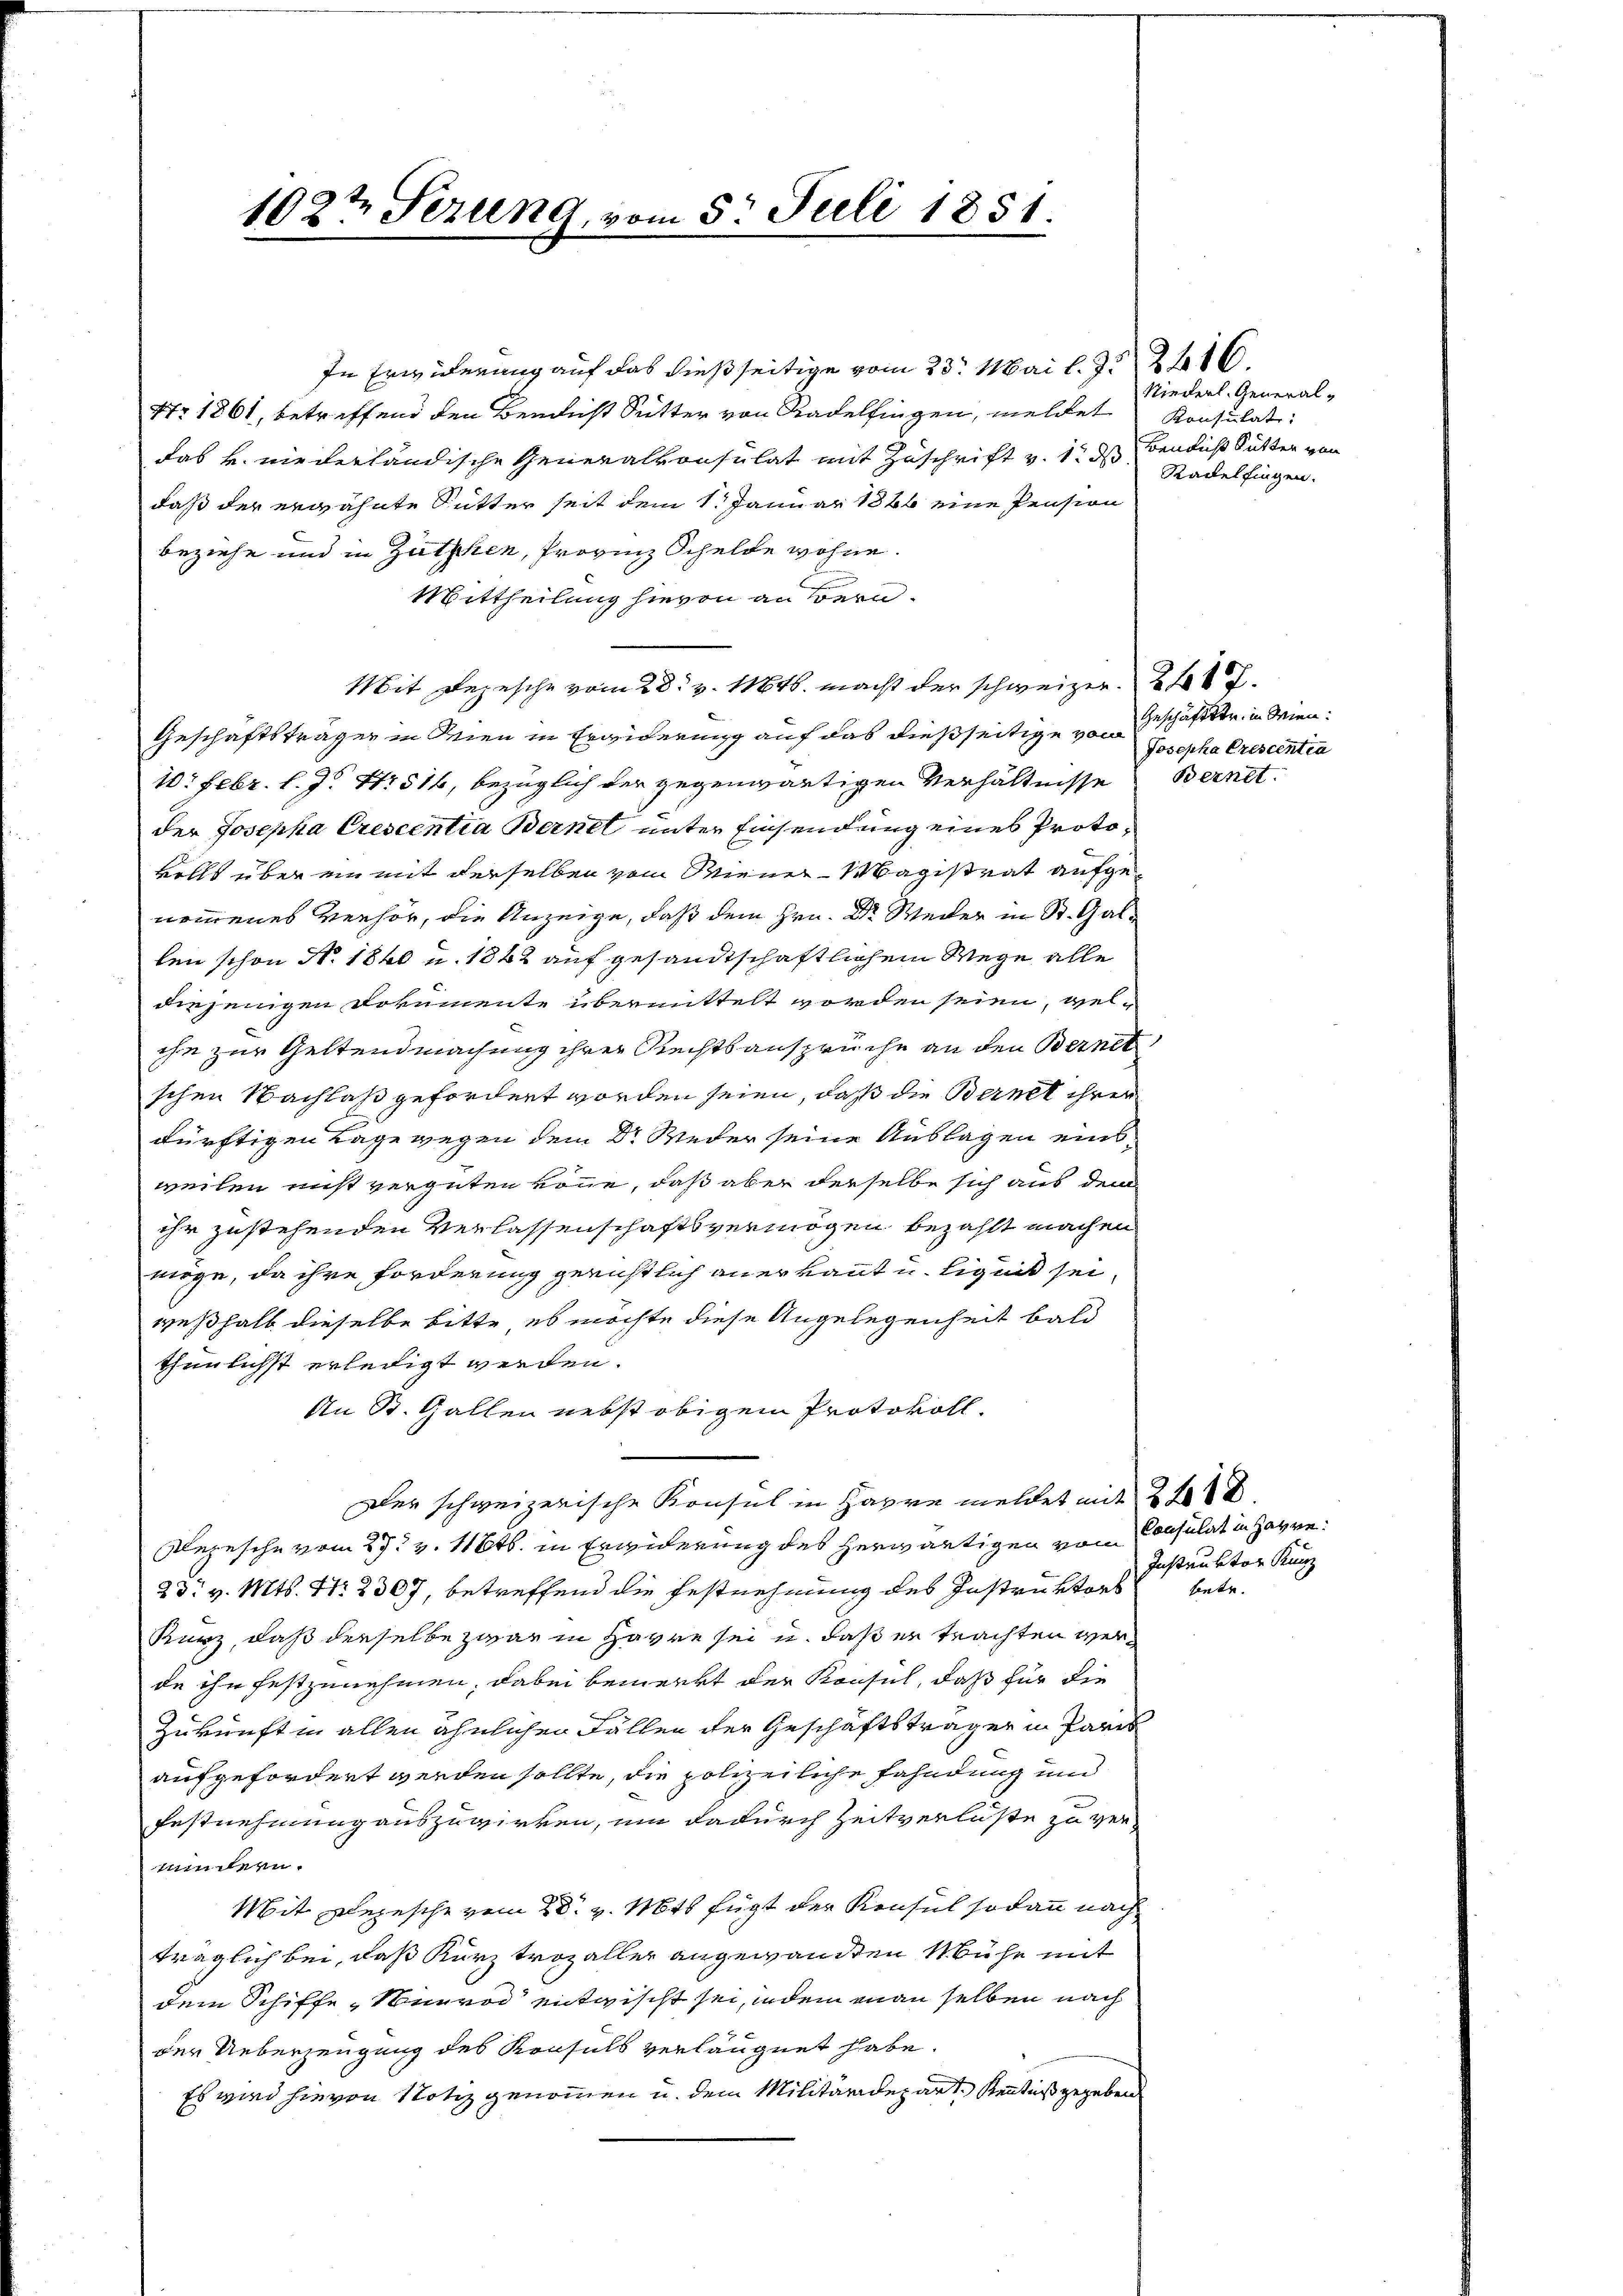
1027 Sezung, vom 5. Juli 1851.

In Erwiderung auf das dießseitige vom 23. Mai l. 2. 216.
Nr. 1861, betreffend den Bericht Sutter von Radelfingen, meldet Konsulati
das u. niederländische Generalkonsulat mit Zuschrift v. 1. ds Bendich Sutter von
daß der erwähnte Sutter seit dem 1. Januar 1886 eine Pension
beziehe und in Zuthen, Provinz Schelde wohne.
Mittheilung hievon an Bern.
Mit Depesche vom 28. v. 1846. macht der schweizer 217.
Geschäftsträger in Wien in Erwiderung auf das dießseitige von
10: Febr. l. J. Nr. 516, bezüglich der gegenwärtigen Verhältnisse
der Josepha Crescentia Bernel unter Einsendung eines Protokolls über ein mit derselben vom Wiener Magistrat aufgenommenes Verhör, die Anzeige, daß dem Hrn. Dr. Weiter in St. Galten schon N. 1860 u. 1842 auf gesandtschaftlichem Wege alle
diejenigen Dokumente übermittelt worden seien, welihn zur Geltendmachung ihrer Rechtsansprüche an den Bernet
schen Nachlaß gefordert worden seien, daß die Bernet ihren
dürftigen Lage wegen dem Dr. Weder seine Auslagen einsweilen nicht vergüten könne, daß aber derselbe sich aus dem
ihr zustehenden Verlassenschaftsvermögen bezahlt machen
möge, da ihre Forderung gerichtlich anerkannt u. Liquit seiweßhalb dieselbe bitte es möchte diese Angelegenheit bald
thunlichst erledigt werden.
An St. Gallen nebst obigem Protokoll.
Der schweizerische Konsul in Havre meldet mit 2 f
Rezesche vom 27. v. 11646. in Erwiderung des herwärtigen vom Consulat in Havre:
23t v. Mts. N. 2307, betreffend die Festnehmung des Instruktors
Kurz, daß derselbe zwar in Havre sei u. daß er trachten werde ihn festzunehmen, dabei bemerkt der Konsul, daß für die
Zukunft in allen ähnlichen Fällen der Geschäftsträger in Paris
aufgefordert werden sollte, die polizeiliche Fahndung und
Festnehmung auszuwirken, um dadurch Zeitverlüste zu vermuntern.
Mit Depesche vom 28. v. Mts fügt der Konsul sodann nach
träglich bei, daß Kurz trozaller angewandten Mühe mit
dem Schiffe „Nunrod entwischt sei, indem man selben nach
der Ueberzeugung des Konsuls verläugnet habe.
Es wird hievon Notiz genommen u. dem Militärdepart. Kenntniß gegeben

Niederl. General¬
Radelfingen.

Geschäftstr. in Wien.
Josepha Crescentia
Bernet.

Instruktor Kunz
betr.